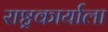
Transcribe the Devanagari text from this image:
राष्ट्रकार्याला